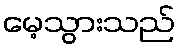
မေ့သွားသည်